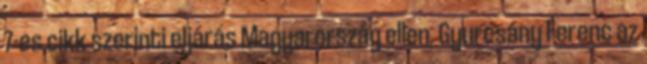
7-es cikk szerinti eljárás Magyarország ellen. Gyurcsány Ferenc az